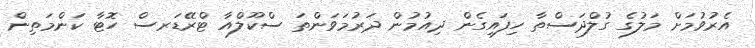
އެރުވުމަށް މަލުގެ ގުލްދަސްތާ ހިފައިގެން ދިއުމުން ދަރުމަވަންތަ ސްކޫލްއާ ޓްރޭޑަރސް ހޮޓާ ކަންމަތިން